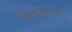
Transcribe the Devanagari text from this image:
केटलाग